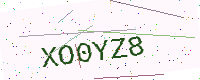
Text: XO0YZ8